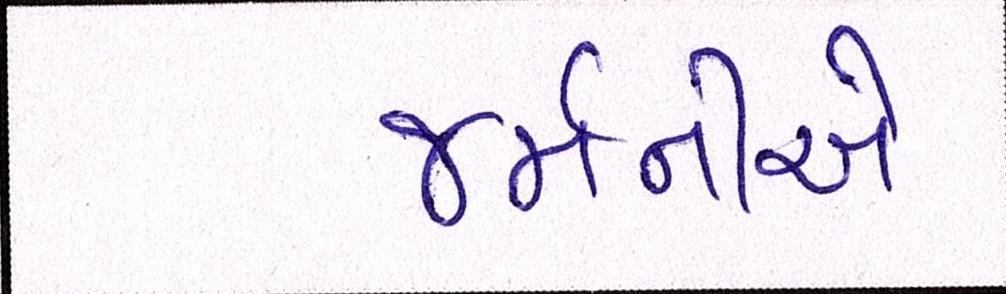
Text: જર્મનીએ